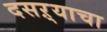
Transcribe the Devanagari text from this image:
दसऱ्याचा